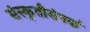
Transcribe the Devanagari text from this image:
संस्कृतीसंपर्क